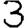
Digit: 3